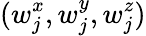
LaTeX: (w_{j}^{x},w_{j}^{y},w_{j}^{z})